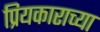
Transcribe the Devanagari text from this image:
प्रियकाराच्या